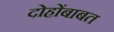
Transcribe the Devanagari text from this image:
दोहोंबाबत